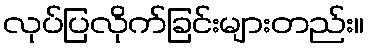
လုပ်ပြလိုက်ခြင်းများတည်း။